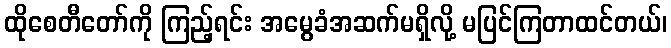
ထိုစေတီတော်ကို ကြည့်ရင်း အမွေခံအဆက်မရှိလို့ မပြင်ကြတာထင်တယ်၊